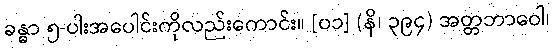
ခန္ဓာ ၅-ပါးအပေါင်းကိုလည်းကောင်း။ [၀၁] (နိ၊ ၃၉၄) အတ္တဘာဝေါ၊